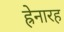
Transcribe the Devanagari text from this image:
ह्रेनारह